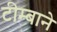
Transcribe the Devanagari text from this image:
टीम्बाने